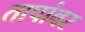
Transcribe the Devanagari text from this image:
तापांवर